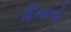
દિનાનો